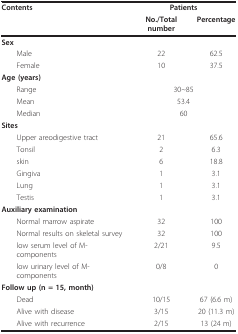
| Contents | <COLSPAN=2> Patients |
 |  | No./Total number | Percentage |
 | --- | --- | --- |
 | Sex |  |  |
 | Male | 22 | 62.5 |
 | Female | 10 | 37.5 |
 | Age (years) |  |  |
 | Range | <COLSPAN=2> 30~85 |
 | Mean | <COLSPAN=2> 53.4 |
 | Median | <COLSPAN=2> 60 |
 | Sites |  |  |
 | Upper areodigestive tract | 21 | 65.6 |
 | Tonsil | 2 | 6.3 |
 | skin | 6 | 18.8 |
 | Gingiva | 1 | 3.1 |
 | Lung | 1 | 3.1 |
 | Testis | 1 | 3.1 |
 | Auxiliary examination |  |  |
 | Normal marrow aspirate | 32 | 100 |
 | Normal results on skeletal survey | 32 | 100 |
 | low serum level of M-components | 2/21 | 9.5 |
 | low urinary level of M-components | 0/8 | 0 |
 | Follow up (n = 15, month) |  |  |
 | Dead | 10/15 | 67 (6.6 m) |
 | Alive with disease | 3/15 | 20 (11.3 m) |
 | Alive with recurrence | 2/15 | 13 (24 m) |